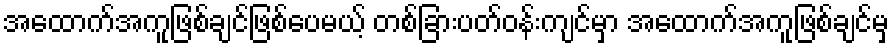
အထောက်အကူဖြစ်ချင်ဖြစ်ပေမယ့် တစ်ခြားပတ်ဝန်းကျင်မှာ အထောက်အကူဖြစ်ချင်မှ